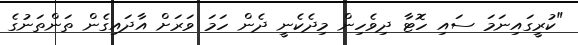
"ކުރީގައިނަމަ ސައި ހޮޓާ ދިވެހިން މިދެކެނީ ދެން ހަމަ ވަަރަށް އާދައިގެން ތަންތަނުގެ